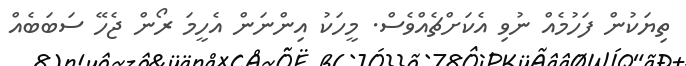
ތިޔަކުން ފަހުމެއް ނުވި އެކަށްޗެއްވެސް. މީހަކު އިންނަން އެހީމަ ރޯން ޖެހޭ ސަބަބެއް